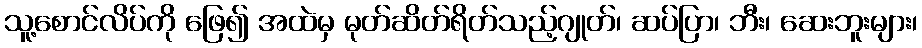
သူ့စောင်လိပ်ကို ဖြေ၍ အထဲမှ မုတ်ဆိတ်ရိတ်သည့်ဂျုတ်၊ ဆပ်ပြာ၊ ဘီး၊ ဆေးဘူးများ၊